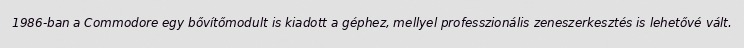
1986-ban a Commodore egy bővítőmodult is kiadott a géphez, mellyel professzionális zeneszerkesztés is lehetővé vált.